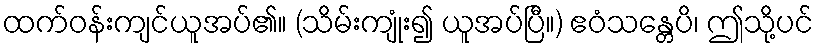
ထက်ဝန်းကျင်ယူအပ်၏။ (သိမ်းကျုံး၍ ယူအပ်ပြီ။) ဧဝံသန္တေပိ၊ ဤသို့ပင်